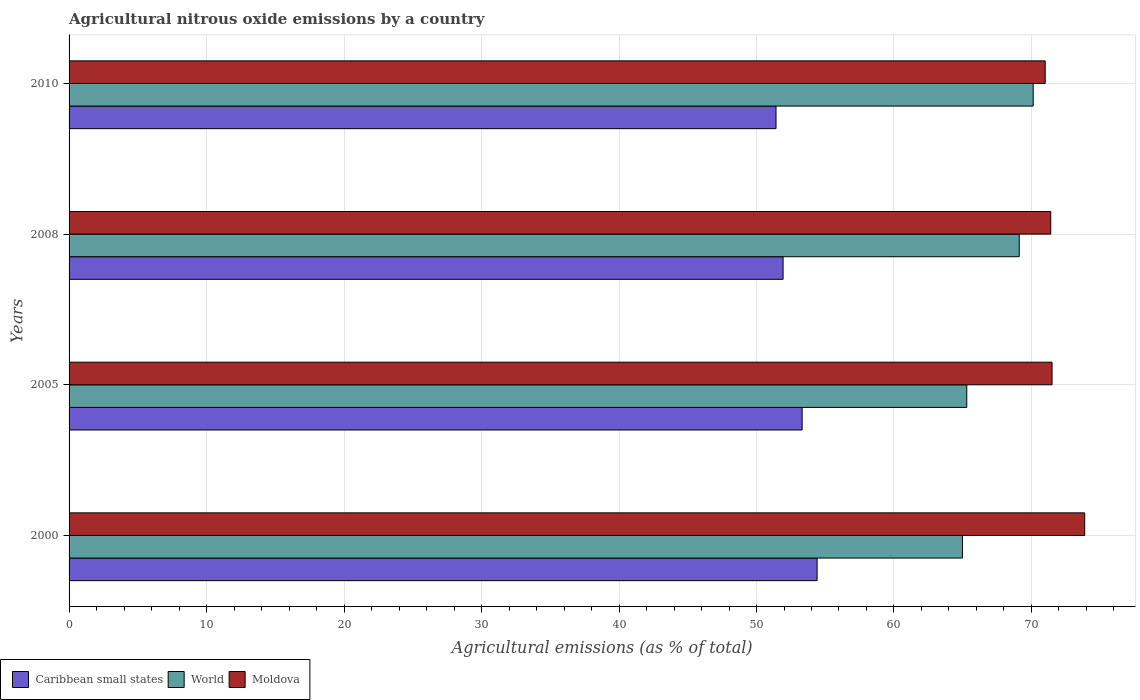
| Years | Caribbean small states | World | Moldova |
 | --- | --- | --- | --- |
 | 2000 | 54.4 | 65 | 73.9 |
 | 2005 | 53.3 | 65.3 | 71.5 |
 | 2008 | 51.9 | 69.1 | 71.4 |
 | 2010 | 51.4 | 70.1 | 71 |